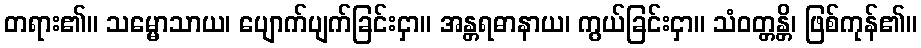
တရား၏။ သမ္မောသာယ၊ ပျောက်ပျက်ခြင်းငှာ။ အန္တရဓာနာယ၊ ကွယ်ခြင်းငှာ။ သံဝတ္တန္တိ၊ ဖြစ်ကုန်၏။